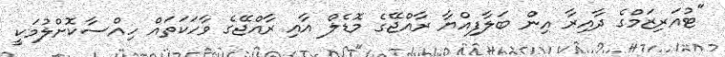
"ޓުއަރިޒަމްގެ ދާއިރާ އިން ބަލާފިއްޔާ ރާއްޖޭގެ މޮޑެލް އާއި ރާއްޖޭގެ ވާހަކަތައް ހިއްސާކޮށްލުމަކީ